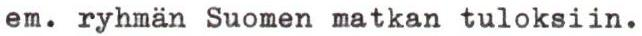
em. ryhmän Suomen matkan tuloksiin.